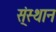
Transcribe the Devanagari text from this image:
स्ंस्थान